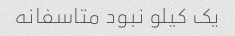
یک کیلو نبود متاسفانه